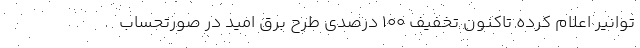
توانیر اعلام کرده تاکنون تخفیف ۱۰۰ درصدی طرح برق امید در صورتحساب